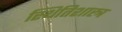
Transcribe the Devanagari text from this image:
स्थितिशास्त्र